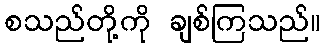
စသည်တို့ကို ချစ်ကြသည်။